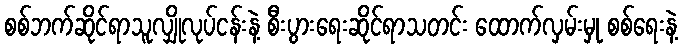
စစ်ဘက်ဆိုင်ရာသူလျှိုလုပ်ငန်းနဲ့ စီးပွားရေးဆိုင်ရာသတင်း ထောက်လှမ်းမှု စစ်ရေးနဲ့